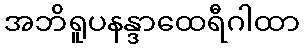
အဘိရူပနန္ဒာထေရီဂါထာ